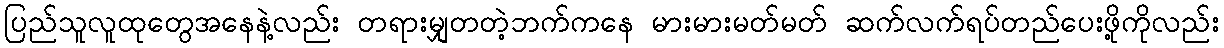
ပြည်သူလူထုတွေအနေနဲ့လည်း တရားမျှတတဲ့ဘက်ကနေ မားမားမတ်မတ် ဆက်လက်ရပ်တည်ပေးဖို့ကိုလည်း